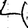
Digit: 4